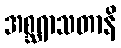
အစ္ဆရာသတာနိ